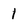
Character: 1